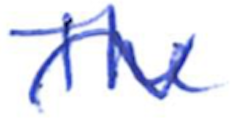
Text: The
Cross-out: wave
Writing tool: ballpoint